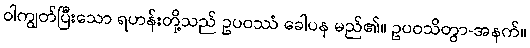
ဝါကျွတ်ပြီးသော ရဟန်းတို့သည် ဥပဝဿံ ခေါပန မည်၏။ ဥပဝသိတွာ-အနက်။